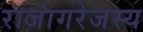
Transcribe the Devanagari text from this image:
राजांगरेजस्य